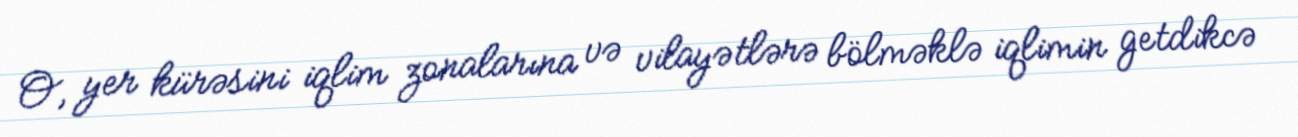
O, yer kürəsini iqlim zonalarına və vilayətlərə bölməklə iqlimin getdikcə